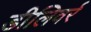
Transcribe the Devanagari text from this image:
डीलिवर्र